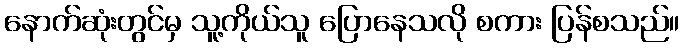
နောက်ဆုံးတွင်မှ သူ့ကိုယ်သူ ပြောနေသလို စကား ပြန်စသည်။